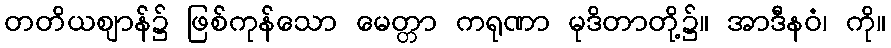
တတိယဈာန်၌ ဖြစ်ကုန်သော မေတ္တာ ကရုဏာ မုဒိတာတို့၌။ အာဒီနဝံ၊ ကို။